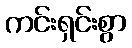
ကင်းရှင်းစွာ